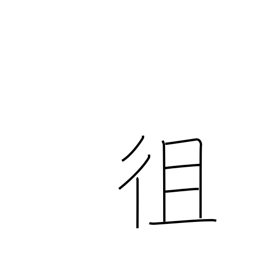
Meaning: go